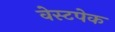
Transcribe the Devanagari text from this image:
वेस्टपेक